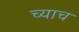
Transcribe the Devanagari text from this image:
च्याच